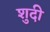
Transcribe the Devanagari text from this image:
शुदी